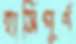
হাসিপূর্ণ